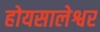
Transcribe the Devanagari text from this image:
होयसालेश्वर